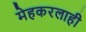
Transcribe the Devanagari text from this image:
मेहकरलाही